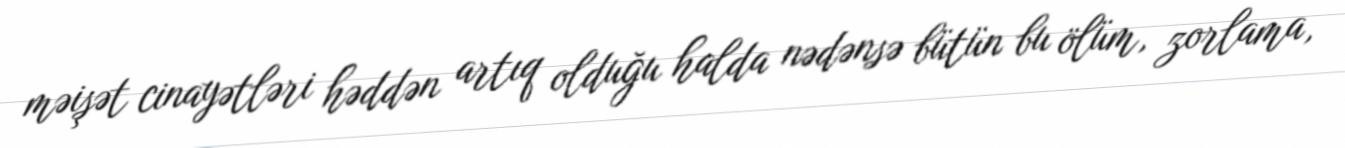
məişət cinayətləri həddən artıq olduğu halda nədənsə bütün bu ölüm, zorlama,